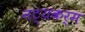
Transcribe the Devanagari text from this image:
नट्यकर्म